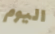
اليوم